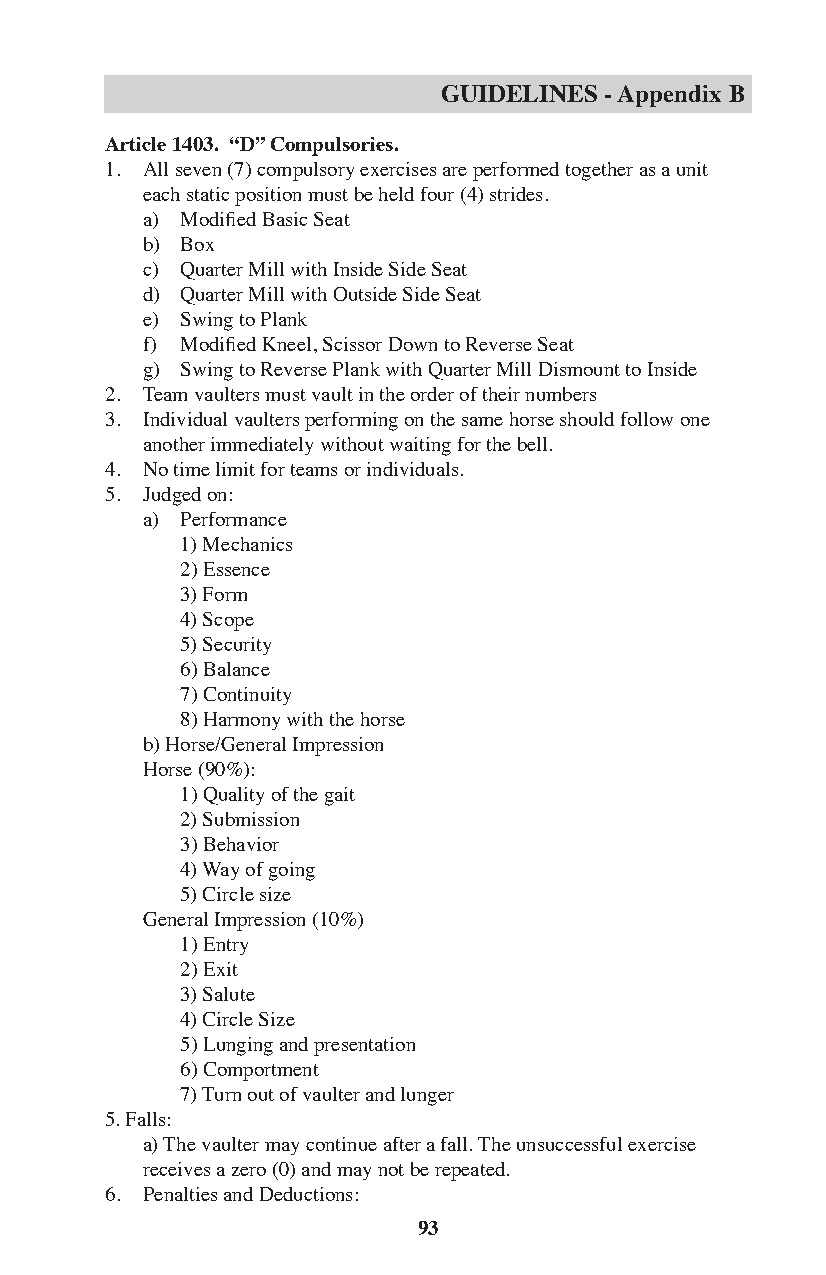
GUIDELINES - Appendix B
 Article 1403. “D” Compulsories.
 1. All seven (7) compulsory exercises are performed together as a unit
 each static position must be held four (4) strides.
 a) Modified Basic Seat
 b) Box
 c) Quarter Mill with Inside Side Seat
 d) Quarter Mill with Outside Side Seat
 e) Swing to Plank
 f) Modified Kneel, Scissor Down to Reverse Seat
 g) Swing to Reverse Plank with Quarter Mill Dismount to Inside
 2. Team vaulters must vault in the order of their numbers
 3. Individual vaulters performing on the same horse should follow one
 another immediately without waiting for the bell.
 4. No time limit for teams or individuals.
 5. Judged on:
 a) Performance
 1) Mechanics
 2) Essence
 3) Form
 4) Scope
 5) Security
 6) Balance
 7) Continuity
 8) Harmony with the horse
 b) Horse/General Impression
 Horse (90%):
 1) Quality of the gait
 2) Submission
 3) Behavior
 4) Way of going
 5) Circle size
 General Impression (10%)
 1) Entry
 2) Exit
 3) Salute
 4) Circle Size
 5) Lunging and presentation
 6) Comportment
 7) Turn out of vaulter and lunger
 5. Falls:
 a) The vaulter may continue after a fall. The unsuccessful exercise
 receives a zero (0) and may not be repeated.
 6. Penalties and Deductions:
 93